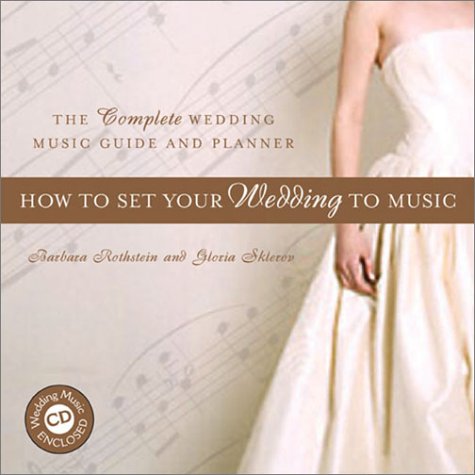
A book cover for How to Set Your Wedding to Music: The Complete Wedding Music Guide and Planner (Book & CD); Barbara Rothstein; Crafts, Hobbies & Home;